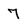
Character: 7